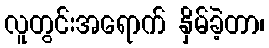
လူတွင်းအရောက် နှိမ်ခဲ့တာ၊